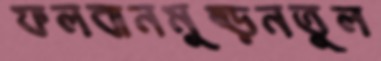
ফলবানমুষ্‌ড়নতুল